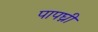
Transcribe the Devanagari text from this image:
पापघ्नीं